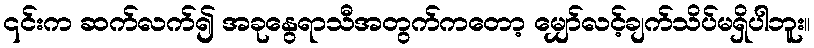
၎င်းက ဆက်လက်၍ အခုနွေရာသီအတွက်ကတော့ မျှော်လင့်ချက်သိပ်မရှိပါဘူး။